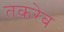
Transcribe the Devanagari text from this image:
तक़रेब